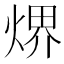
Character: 𤋽